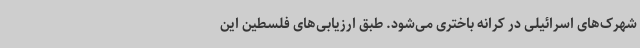
شهرک‌های اسرائیلی در کرانه باختری می‌شود. طبق ارزیابی‌های فلسطین این